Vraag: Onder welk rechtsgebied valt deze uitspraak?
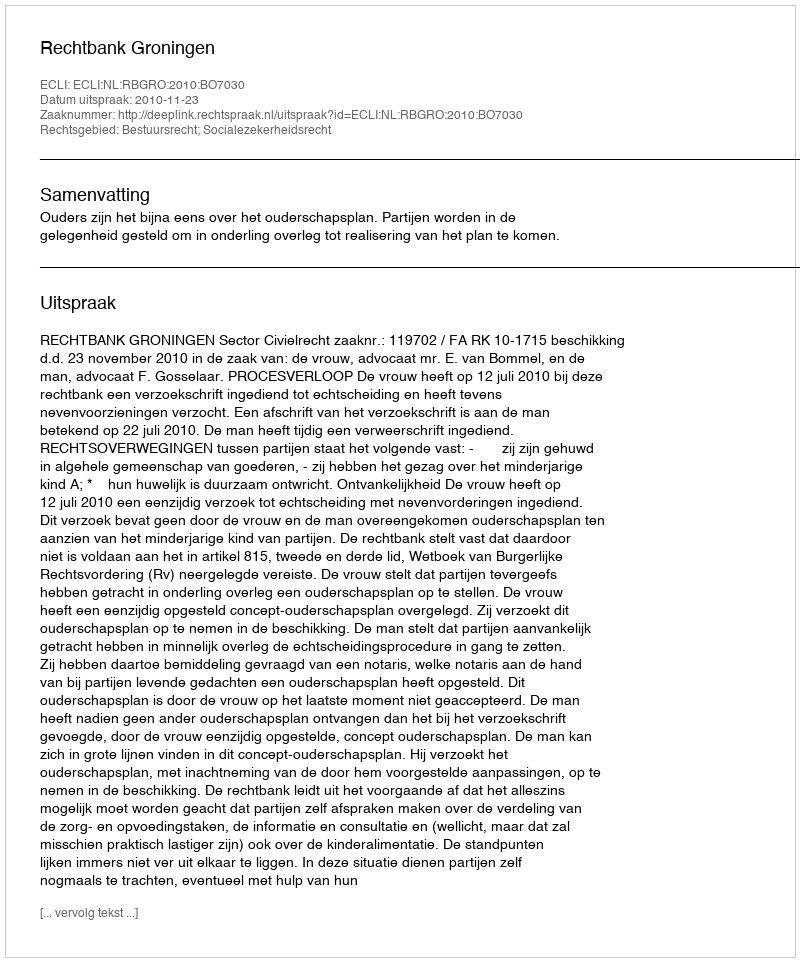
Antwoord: Bestuursrecht; Socialezekerheidsrecht